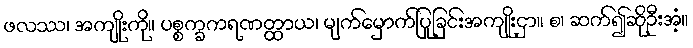
ဖလဿ၊ အကျိုးကို။ ပစ္စက္ခကရဏတ္ထာယ၊ မျက်မှောက်ပြုခြင်းအကျိုးငှာ။ စ၊ ဆက်၍ဆိုဦးအံ့။